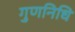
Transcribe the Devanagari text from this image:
गुणनिधि